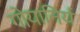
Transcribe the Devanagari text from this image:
गोयानिर्य